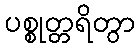
ပစ္စုတ္တရိတွာ